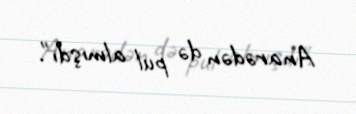
Anarədən də pul almışdı".